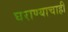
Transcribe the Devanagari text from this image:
घराण्याचाही